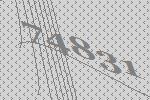
74831